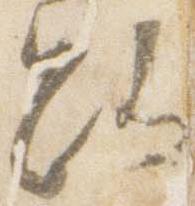
路